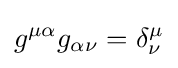
g^{\mu \alpha }g_{\alpha \nu }=\delta _{\nu }^{\mu }